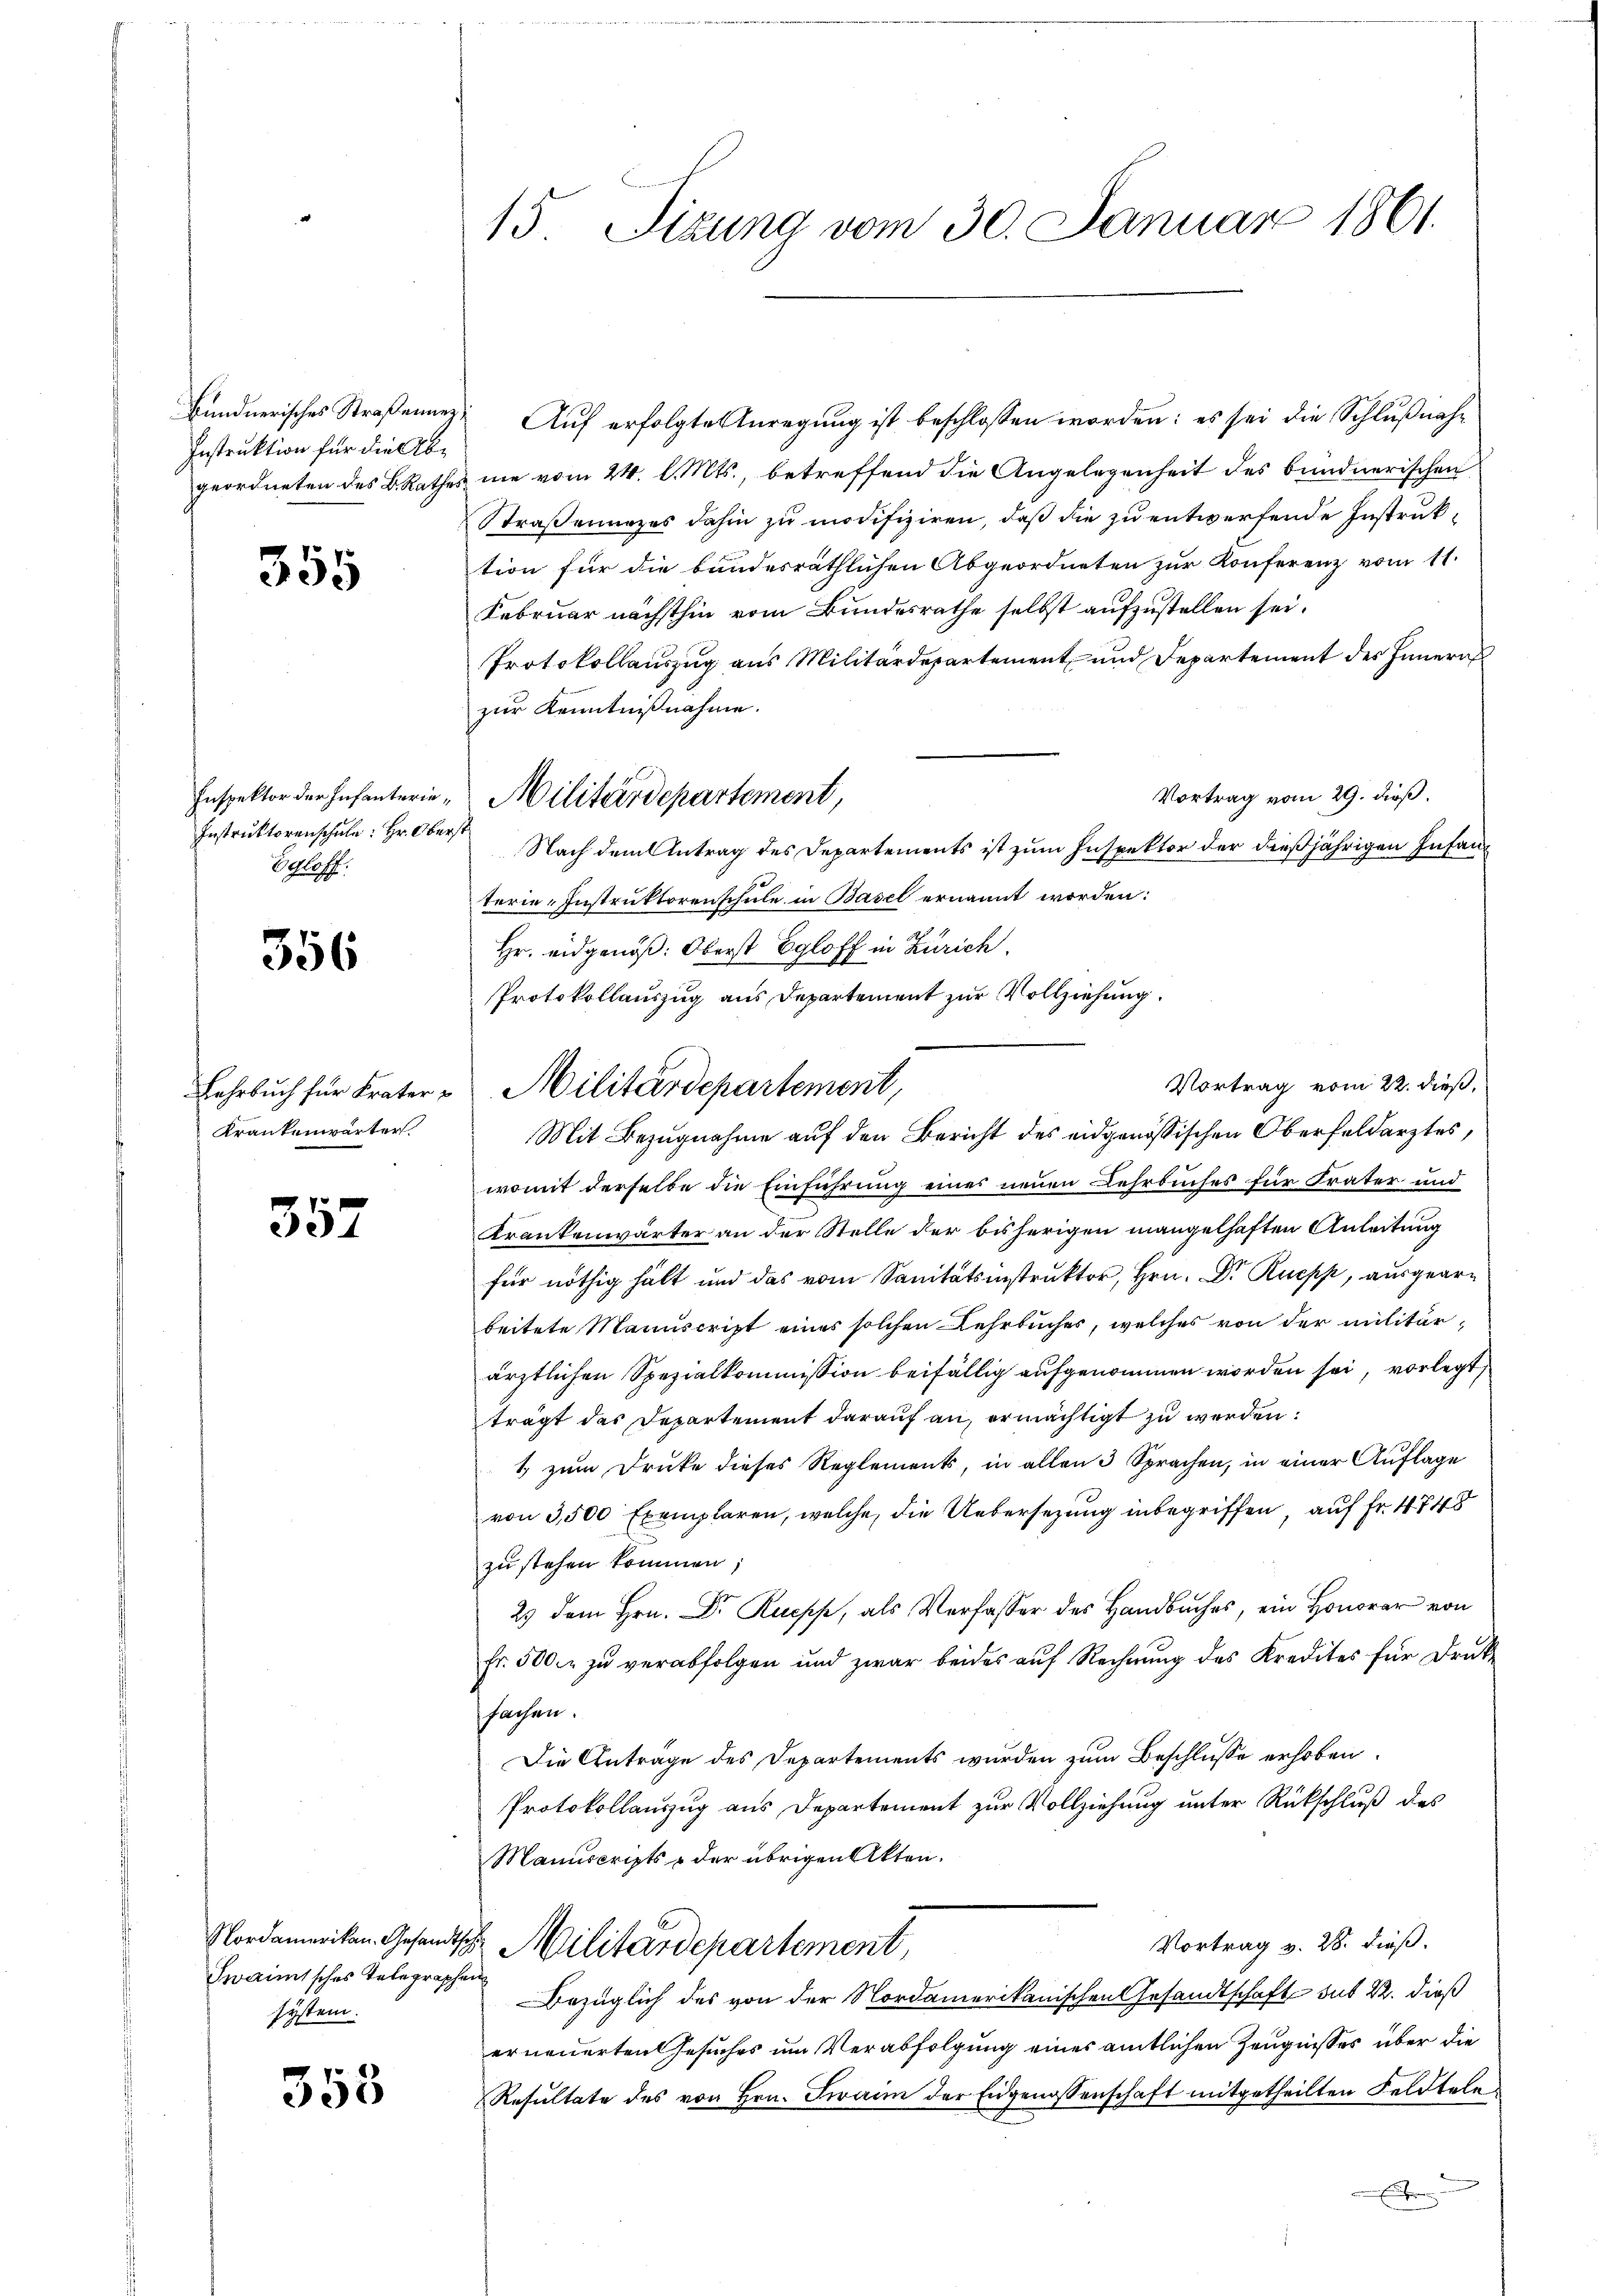
Bündnerisches Straßenne
Instruktion für die Abgeordneten des B. Rathe

355

Inspektor der Infanterie¬
Instruktorenschule: Hr. Ober
Schlos

356

Lehrbuch für Krater¬
Krankenwärter.

357

Nordamerikan. Gesandt
Iwaitsches Telegraphen
system.

353

15. Sizung vom 30. Januar 1861.

Auf erfolgte Anregung ist beschlossen worden: es sei die Schlußnah¬
& nie vom 24. l. Mts., betreffend die Angelegenheit des bundnerischen
Straßenunzes dahin zu modifiziren, daß die zu entwerfende Instruktion für die bundesräthlichen Abgeordneten zur Konferenz vom 11.
Februar nächsthin vom Bundesrathe selbst aufzustellen sei.
Protokollauszug aus Militärdepartement und Departement der Innern
zur Kenntnißnahme.
Vortrag vom 29. dieß.
Militärdepartement,
 Nach dem Antrag des Departements ist zum Inspektor der dießjährigen Infanterie-Instruktorenschule in Basel ernannt worden:
Hr. eidgenöß: Oberst Egloff in Zürich.
Protokollauszug aus Departement zur Vollziehung.
womit derselbe die Einführung eines neuen Lehrbuches für Frater und
Krankenwärter an der Stelle der bisherigen mangelhaften Anleitung
für nöthig hält und das vom Sanitätsinstruktor, Hrn. Dr. Ruepp, ausgearbeitete Manuscript eines solchen Lehrbuches, welches von der militär
ärztlichen Spezialkommission beifällig aufgenommen worden sei, vorlegt,
trägt des Departement darauf an, ermächtigt zu werden:
1 zum Druke dieses Reglements, in allen 3 Sprachen, in einer Auflage
von 3,500 Exemplaren, welche, die Uebersezung inbegriffen auf Fr. 4748
zu stehen kommen;
2) dem Hrn. Dr. Rupp, als Verfasser des Handbuches, ein Honorar von
fr. 500 r. zŭ verabfolgen und zwar beides aŭf Rechnŭng des Kredites für Druke
fachen.
Die Anträge des Departements wurden zum Beschlusse erhoben.
Protokollauszug aus Departement zur Vollziehung unter Rückschluß des
Manuscripts & der übrigen Akten.
Vortrag v. 28. dieß.
ihr Militärdepartement,
Bezüglich des von der Nordamerikanischen Gesandtschaft sub 22. dieß
erneuerten Gesuches um Verabfolgung eines amtlichen Zeugnisses über die
Resultate des von Hrn. Twann der Eidgenossenschaft mitgetheilten Feldtele
Eschen

Vortrag vom 22. dieß,
Militärdepartement,
Mit Bezugnahme auf den Bericht des eidgenössischen Oberfeldarztes,